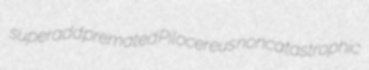
superadd premated Pilocereus noncatastrophic